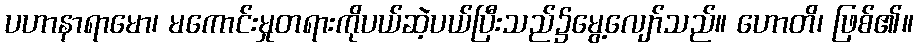
ပဟာနာရာမော၊ မကောင်းမှုတရားကိုပယ်ဆဲ့ပယ်ပြီးသည်၌မွေ့လျော်သည်။ ဟောတိ၊ ဖြစ်၏။